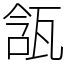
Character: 㼨